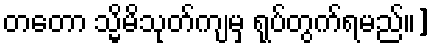
တတော သ္မိမိသုတ်ကျမှ ရုပ်တွက်ရမည်။]